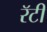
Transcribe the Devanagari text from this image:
रॅटी